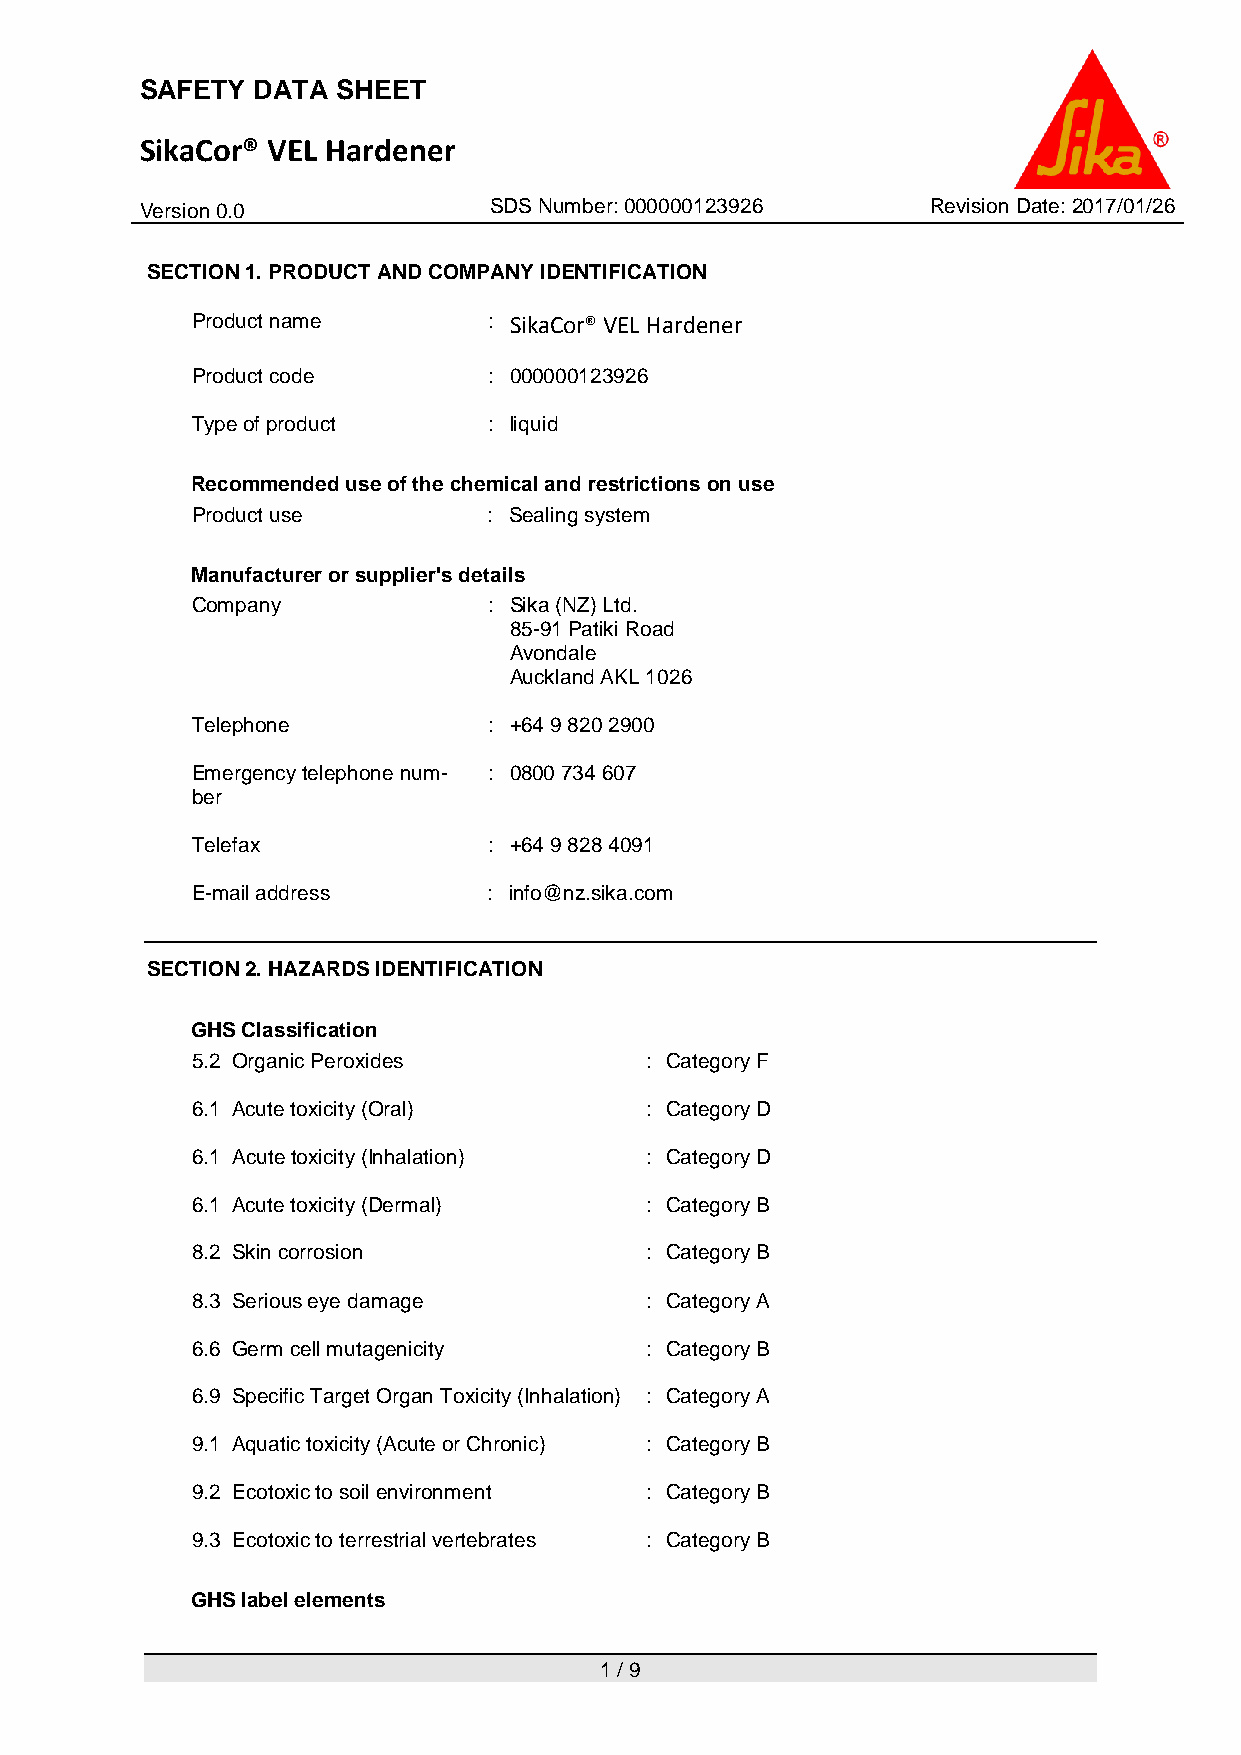
SAFETY  DATA SHEET
 SikaCor® VEL Hardener
 V ersion 0.0           SDS Number: 000000123926      Revision Date: 2017/01/26
 SECTION 1. PRODUCT AND COMPANY IDENTIFICATION
 Product name       : SikaCor® VEL Hardener
 Product code       : 000000123926
 Type of product    : liquid
 Recommended use of the chemical and restrictions on use
 Product use        : Sealing system
 Manufacturer or supplier's details
 Company            : Sika (NZ) Ltd.
 85-91 Patiki Road
 Avondale
 Auckland AKL 1026
 Telephone          : +64 9 820 2900
 Emergency telephone num- : 0800 734 607
 ber
 Telefax            : +64 9 828 4091
 E-mail address     : info@nz.sika.com
 SECTION 2. HAZARDS IDENTIFICATION
 GHS Classification
 5.2 Organic Peroxides         : Category F
 6.1 Acute toxicity (Oral)     : Category D
 6.1 Acute toxicity (Inhalation) : Category D
 6.1 Acute toxicity (Dermal)   : Category B
 8.2 Skin corrosion            : Category B
 8.3 Serious eye damage        : Category A
 6.6 Germ cell mutagenicity    : Category B
 6.9 Specific Target Organ Toxicity (Inhalation) : Category A
 9.1 Aquatic toxicity (Acute or Chronic) : Category B
 9.2 Ecotoxic to soil environment : Category B
 9.3 Ecotoxic to terrestrial vertebrates : Category B
 GHS label elements
 1 / 9